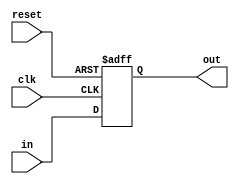
/*
 Written By: Benjamin Zaporzan
 
 8bit register which changes input to output on
 the posedge of the clock
 
 in - [7:0] input to registry
 out - output 
 clk - clock used to determine change in registry
 reset - resets the registry to zero
 
 */
`ifndef PCCOUNTER_V
`define PCCOUNTER_V


module pcCounter(in,out,clk,reset);

   input [7:0] in;
   input       clk,reset;
   output reg [7:0] out;

   always @(posedge clk or posedge reset) begin
      if (reset)
	out = 0;
      else
	out = in;
   end
endmodule // pcCounter


`endif //PCCOUNTER_V